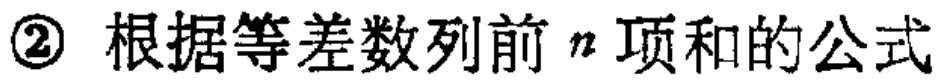
\textcircled{2} 根据等差数列前 \(n\) 项和的公式